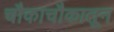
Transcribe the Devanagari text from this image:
चौकाचौकातून